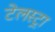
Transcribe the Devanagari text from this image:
टेलस्ट्रा